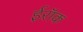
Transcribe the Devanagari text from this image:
ईरॉक